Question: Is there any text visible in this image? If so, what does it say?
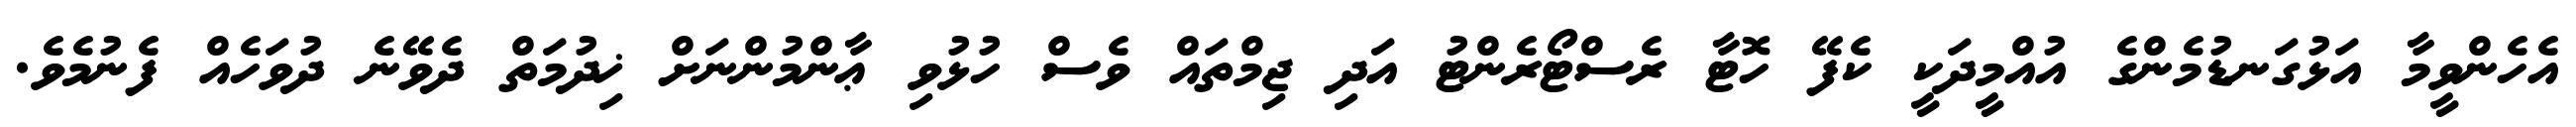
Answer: އެހެންވީމާ އަޅުގަނޑުމެންގެ އުއްމީދަކީ ކެފޭ ހޮޓާ ރެސްޓޯރެންޓު އަދި ޖިމްތައް ވެސް ހުޅުވި ޢާންމުންނަށް ޚިދުމަތް ދެވޭނެ ދުވަހެއް ފެނުމެވެ.